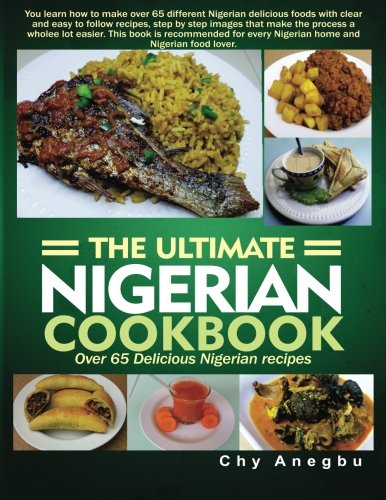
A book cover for Ultimate Nigerian Cookbook: Best Cookbook for making Nigerian Foods; Chy Anegbu; Cookbooks, Food & Wine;